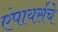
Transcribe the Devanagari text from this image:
एंपायर्सचे